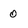
Character: 0